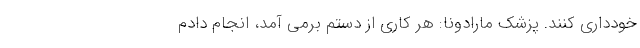
خودداری کنند. پزشک مارادونا: هر کاری از دستم برمی آمد، انجام دادم